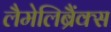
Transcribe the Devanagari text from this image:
लैमेलिब्रैंक्स